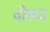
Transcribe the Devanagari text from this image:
दोरूद